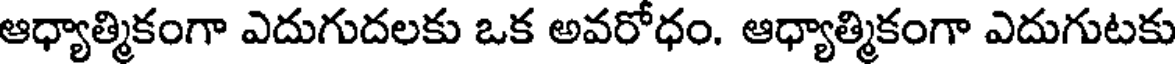
ఆధ్యాత్మికంగా ఎదుగుదలకు ఒక అవరోధం. ఆధ్యాత్మికంగా ఎదుగుటకు